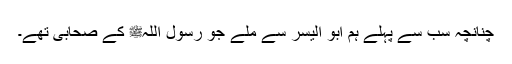
چنانچہ سب سے پہلے ہم ابو الیسر سے ملے جو رسول اللہﷺ کے صحابی تھے۔